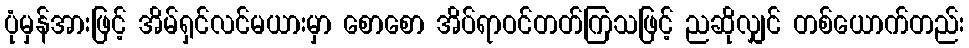
ပုံမှန်အားဖြင့် အိမ်ရှင်လင်မယားမှာ စောစော အိပ်ရာဝင်တတ်ကြသဖြင့် ညဆိုလျှင် တစ်ယောက်တည်း